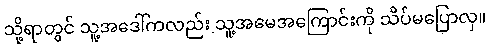
သို့ရာတွင် သူ့အဒေါ်ကလည်း သူ့အမေအကြောင်းကို သိပ်မပြောလှ။